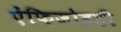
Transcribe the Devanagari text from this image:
ऐंफ़िजोइडी